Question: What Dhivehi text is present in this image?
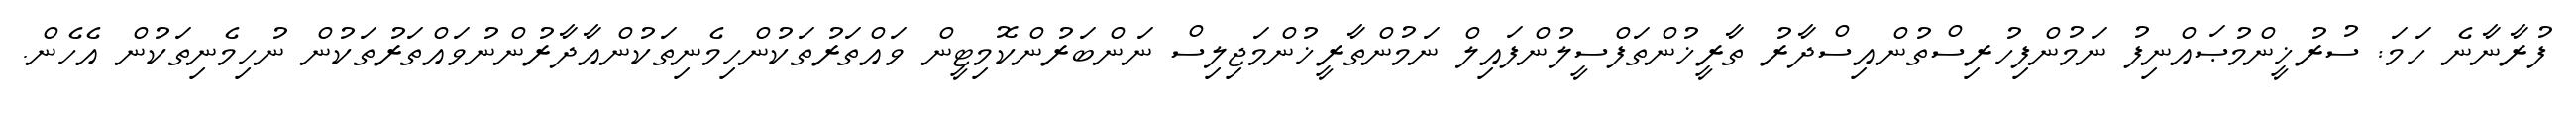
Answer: ފުރާނާނެ ހަމަ: ސުރުޚީންމުޞައްނިފު ނަމުންފިހުރިސްތުންއިސްދާރު ތާރީޚުންތަފްސީލުންފައިލް ނަމުންތާރީޚުންމަޖިލިސް ނަންބަރުންކޮމިޓީން ވައްތަރުތަކުންހިމެނިތަކުންއާދާރުންނުވައްތަރުތަކުން ނުހިމެނިތަކުން އެހެން.